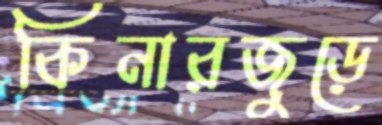
কিনারজুড়ে